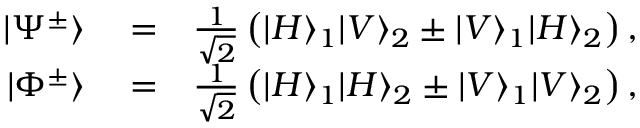
\begin{array} { r l r } { | \Psi ^ { \pm } \rangle } & { { } = } & { \frac { 1 } { \sqrt { 2 } } \left( | H \rangle _ { 1 } | V \rangle _ { 2 } \pm | V \rangle _ { 1 } | H \rangle _ { 2 } \right) , } \\ { | \Phi ^ { \pm } \rangle } & { { } = } & { \frac { 1 } { \sqrt { 2 } } \left( | H \rangle _ { 1 } | H \rangle _ { 2 } \pm | V \rangle _ { 1 } | V \rangle _ { 2 } \right) , } \end{array}